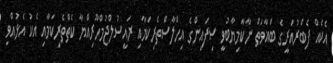
އެކެއް ފެބްރުއަރީގެ ބަޣާވަތް ނާކާމިޔާބުވީ ސިފައިންގެ އިހްލާސްތެރިކަމާއި ރައީސުލްޖުމްހޫރިއްޔާ ކެތްތެރިކަމާއި އެކު އެޅުއްވި